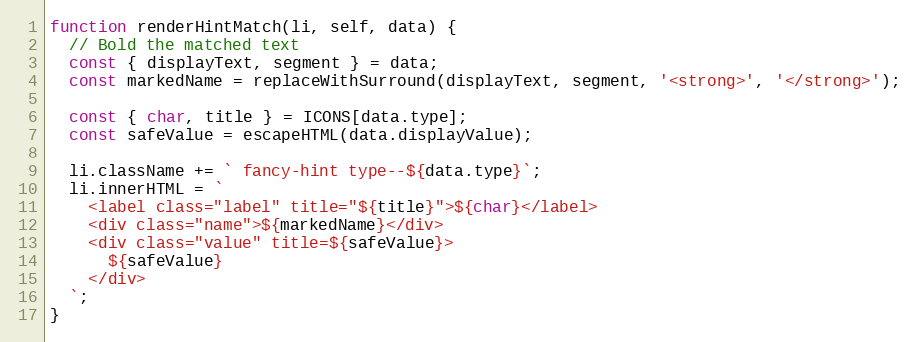
Language: JavaScript
function renderHintMatch(li, self, data) {
  // Bold the matched text
  const { displayText, segment } = data;
  const markedName = replaceWithSurround(displayText, segment, '<strong>', '</strong>');

  const { char, title } = ICONS[data.type];
  const safeValue = escapeHTML(data.displayValue);

  li.className += ` fancy-hint type--${data.type}`;
  li.innerHTML = `
    <label class="label" title="${title}">${char}</label>
    <div class="name">${markedName}</div>
    <div class="value" title=${safeValue}>
      ${safeValue}
    </div>
  `;
}